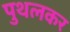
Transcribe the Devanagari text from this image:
पुथलकर